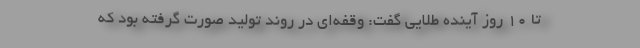
تا ۱۰ روز آینده طلایی گفت: وقفه‌ای در روند تولید صورت گرفته بود که